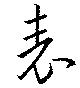
表